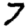
Digit: 7